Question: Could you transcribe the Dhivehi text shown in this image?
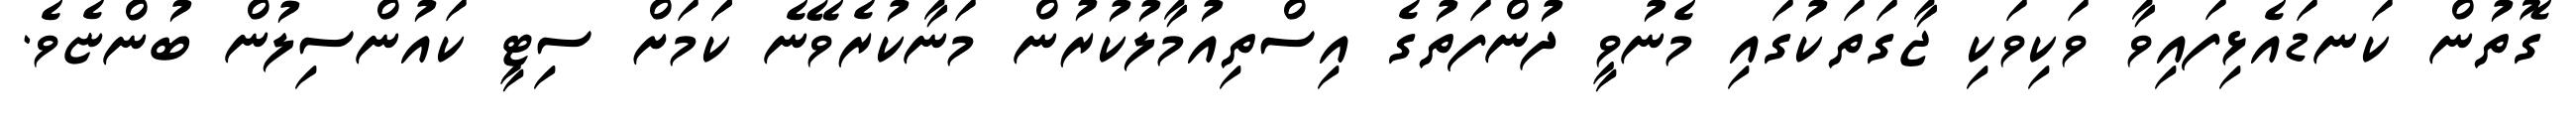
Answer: ގޮތުން ކަނޑައެޅިފައިވާ ވަކިވަކި ޖާގަތަކުގައި މެނުވީ ދުންފަތުގެ އިސްތިއުމާލުކުރުން މަނާކުރެވޭނެ ކަަމަށް ސިޓީ ކައުންސިލުން ބުންޏެވެ.